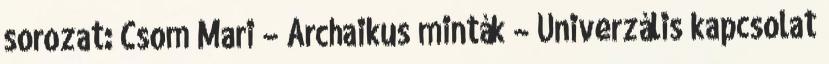
sorozat: Csom Mari – Archaikus minták – Univerzális kapcsolat